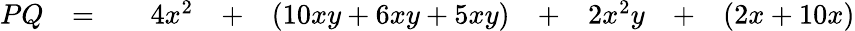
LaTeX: \begin{array}{rcccrcrcrcr}{PQ}&{=}&{}&{4x^{2}}&{+}&{(10xy+6xy+5xy)}&{+}&{2x^{2}y}&{+}&{(2x+10x)}\end{array}